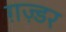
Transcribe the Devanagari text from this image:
ग़ज़्डर